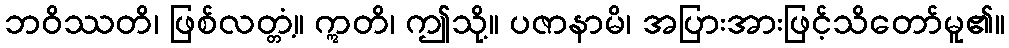
ဘဝိဿတိ၊ ဖြစ်လတ္တံ့။ ဣတိ၊ ဤသို့။ ပဇာနာမိ၊ အပြားအားဖြင့်သိတော်မူ၏။